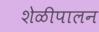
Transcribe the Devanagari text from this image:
शेळीपालन